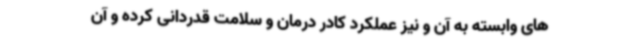
های وابسته به آن و نیز عملکرد کادر درمان و سلامت قدردانی کرده و آن